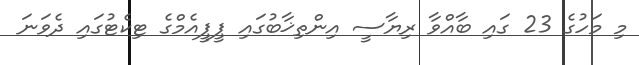
މި މަހުގެ 23 ގައި ބާއްވާ ރިޔާސީ އިންތިޚާބުގައި ޕީޕީއެމްގެ ޓިކެޓުގައި ދެވަނަ